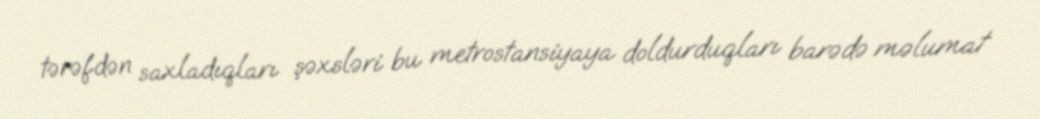
tərəfdən saxladıqları şəxsləri bu metrostansiyaya doldurduqları barədə məlumat